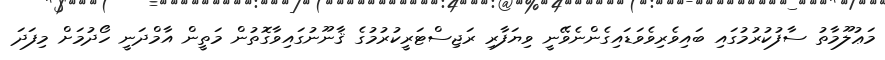
މަޢުލޫމާތު ސާފުކުރުމުގައި ބައިވެރިވެވަޑައިގެންނެވޭނީ ވިޔަފާރި ރަޖިސްޓަރީކުރުމުގެ ޤާނޫނުގައިވާގޮތުން މަތީން އާމްދަނީ ހޯދުމަށް މިފަދަ